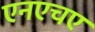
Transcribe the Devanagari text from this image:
एनएचए